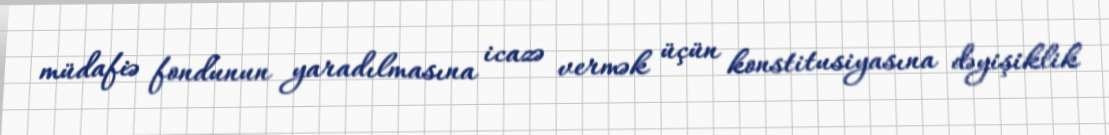
müdafiə fondunun yaradılmasına icazə vermək üçün konstitusiyasına dəyişiklik